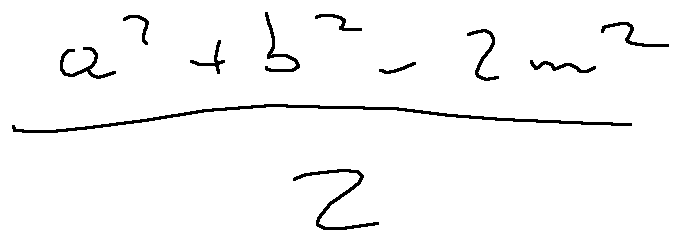
\frac { a ^ { 2 } + b ^ { 2 } - 2 m ^ { 2 } } { 2 }